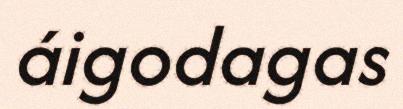
áigodagas